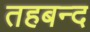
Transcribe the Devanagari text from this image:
तहबन्द